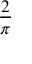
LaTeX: \frac { 2 } { \pi }